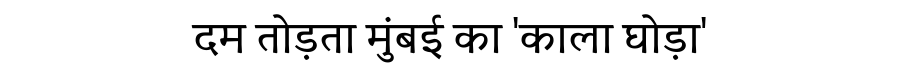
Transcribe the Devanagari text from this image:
दम तोड़ता मुंबई का 'काला घोड़ा'